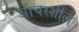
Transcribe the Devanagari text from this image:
आचरशील